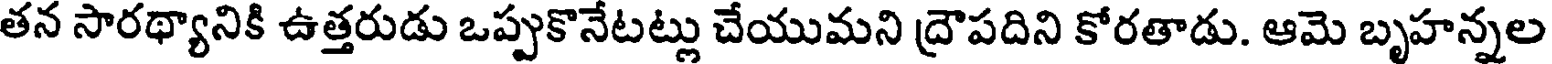
తన సారథ్యానికి ఉత్తరుడు ఒప్పుకొనేటట్లు చేయుమని ద్రౌపదిని కోరతాడు. ఆమె బృహన్నల